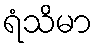
ရံသိမာ